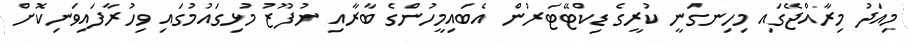
މިއަދު މިރާއްޖޭގައި މިހިނގަނީ ކުރީގެ ޑިކްޓޭޓަރުން އެބައިމީހުންގެ ބާރާއި ނުފޫޒު މުޅިގައުމުގައި ވިހުރާފައިވަނިކޮށް